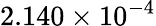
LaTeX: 2.140\times 10^{-4}